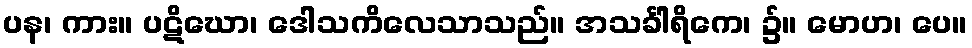
ပန၊ ကား။ ပဋိဃော၊ ဒေါသကိလေသာသည်။ အသင်္ခါရိကေ၊ ၌။ မောဟ၊ ပေ။